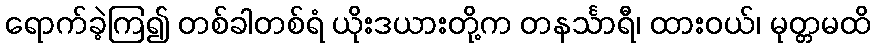
ရောက်ခဲ့ကြ၍ တစ်ခါတစ်ရံ ယိုးဒယားတို့က တနင်္သာရီ၊ ထားဝယ်၊ မုတ္တမထိ